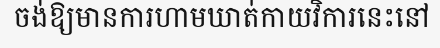
ចង់ឱ្យមានការហាមឃាត់កាយវិការនេះនៅ